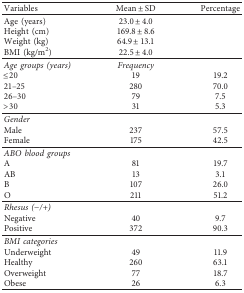
<table><thead><tr><td><b>Variables</b></td><td><b>Mean ± SD</b></td><td><b>Percentage</b></td></tr></thead><tbody><tr><td>Age (years)</td><td>23.0 ± 4.0</td><td> </td></tr><tr><td>Height (cm)</td><td>169.8 ± 8.6</td><td> </td></tr><tr><td>Weight (kg)</td><td>64.9 ± 13.1</td><td> </td></tr><tr><td>BMI (kg/m<sup>2</sup>)</td><td>22.5 ± 4.0</td><td> </td></tr><tr><td><i>Age groups (years)</i></td><td><i>Frequency</i></td><td> </td></tr><tr><td>≤20</td><td>19</td><td>19.2</td></tr><tr><td>21–25</td><td>280</td><td>70.0</td></tr><tr><td>26–30</td><td>79</td><td>7.5</td></tr><tr><td>&gt;30</td><td>31</td><td>5.3</td></tr><tr><td><i>Gender</i></td><td> </td><td> </td></tr><tr><td>Male</td><td>237</td><td>57.5</td></tr><tr><td>Female</td><td>175</td><td>42.5</td></tr><tr><td><i>ABO blood groups</i></td><td> </td><td> </td></tr><tr><td>A</td><td>81</td><td>19.7</td></tr><tr><td>AB</td><td>13</td><td>3.1</td></tr><tr><td>B</td><td>107</td><td>26.0</td></tr><tr><td>O</td><td>211</td><td>51.2</td></tr><tr><td><i>Rhesus (−/+)</i></td><td> </td><td> </td></tr><tr><td>Negative</td><td>40</td><td>9.7</td></tr><tr><td>Positive</td><td>372</td><td>90.3</td></tr><tr><td><i>BMI categories</i></td><td> </td><td> </td></tr><tr><td>Underweight</td><td>49</td><td>11.9</td></tr><tr><td>Healthy</td><td>260</td><td>63.1</td></tr><tr><td>Overweight</td><td>77</td><td>18.7</td></tr><tr><td>Obese</td><td>26</td><td>6.3</td></tr></tbody></table>